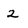
Character: 2